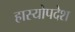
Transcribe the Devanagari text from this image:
हास्योपदेश